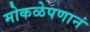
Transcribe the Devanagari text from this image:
मोकळेपणानं